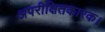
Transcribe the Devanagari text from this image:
अपरीक्षितकारक।